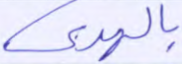
بالهدى